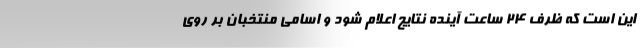
این است که ظرف ۲۴ ساعت آینده نتایج اعلام شود و اسامی منتخبان بر روی